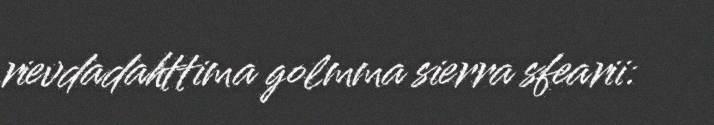
rievdadahttima golmma sierra sfearii: